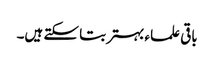
باقی علماء بہتر بتا سکتے ہیں۔